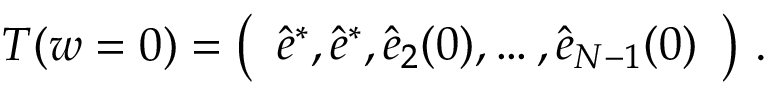
\begin{array} { r } { T ( w = 0 ) = \left( \begin{array} { l } { \hat { e } ^ { * } , \hat { e } ^ { * } , \hat { e } _ { 2 } ( 0 ) , \dots , \hat { e } _ { N - 1 } ( 0 ) } \end{array} \right) \, . } \end{array}